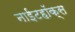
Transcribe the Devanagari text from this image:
नाईटहॉक्स